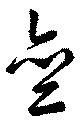
斉